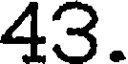
43.